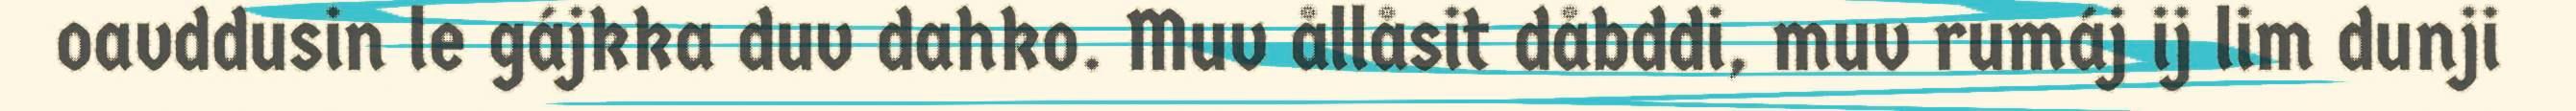
oavddusin le gájkka duv dahko. Muv ållåsit dåbddi, muv rumáj ij lim dunji